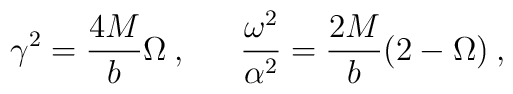
\gamma^2=\frac{4M}{b}\Omega \:,\:\:\:\:\:\:\: \frac{\omega^2}{\alpha^2}= \frac{2M}{b}(2- \Omega)\:,